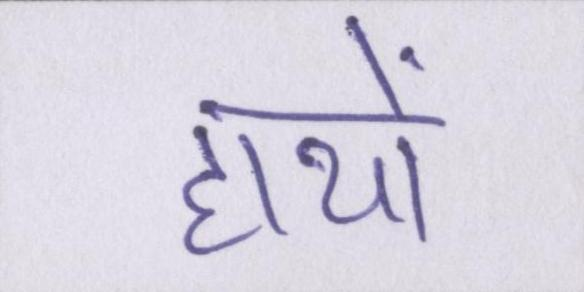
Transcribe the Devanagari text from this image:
हाथों